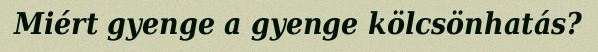
Miért gyenge a gyenge kölcsönhatás?